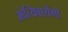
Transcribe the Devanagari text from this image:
ओत्यिवारोंगो